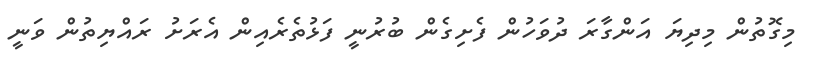
މިގޮތުން މިދިޔަ އަންގާރަ ދުވަހުން ފެށިގެން ބުރުނީ ފަޅުތެރެއިން އެރަށު ރައްޔިތުން ވަނީ